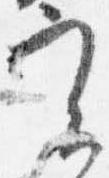
実